65_HS1-834228961_62-HQ-83894_Section_7
Agency: FBI
Page 60
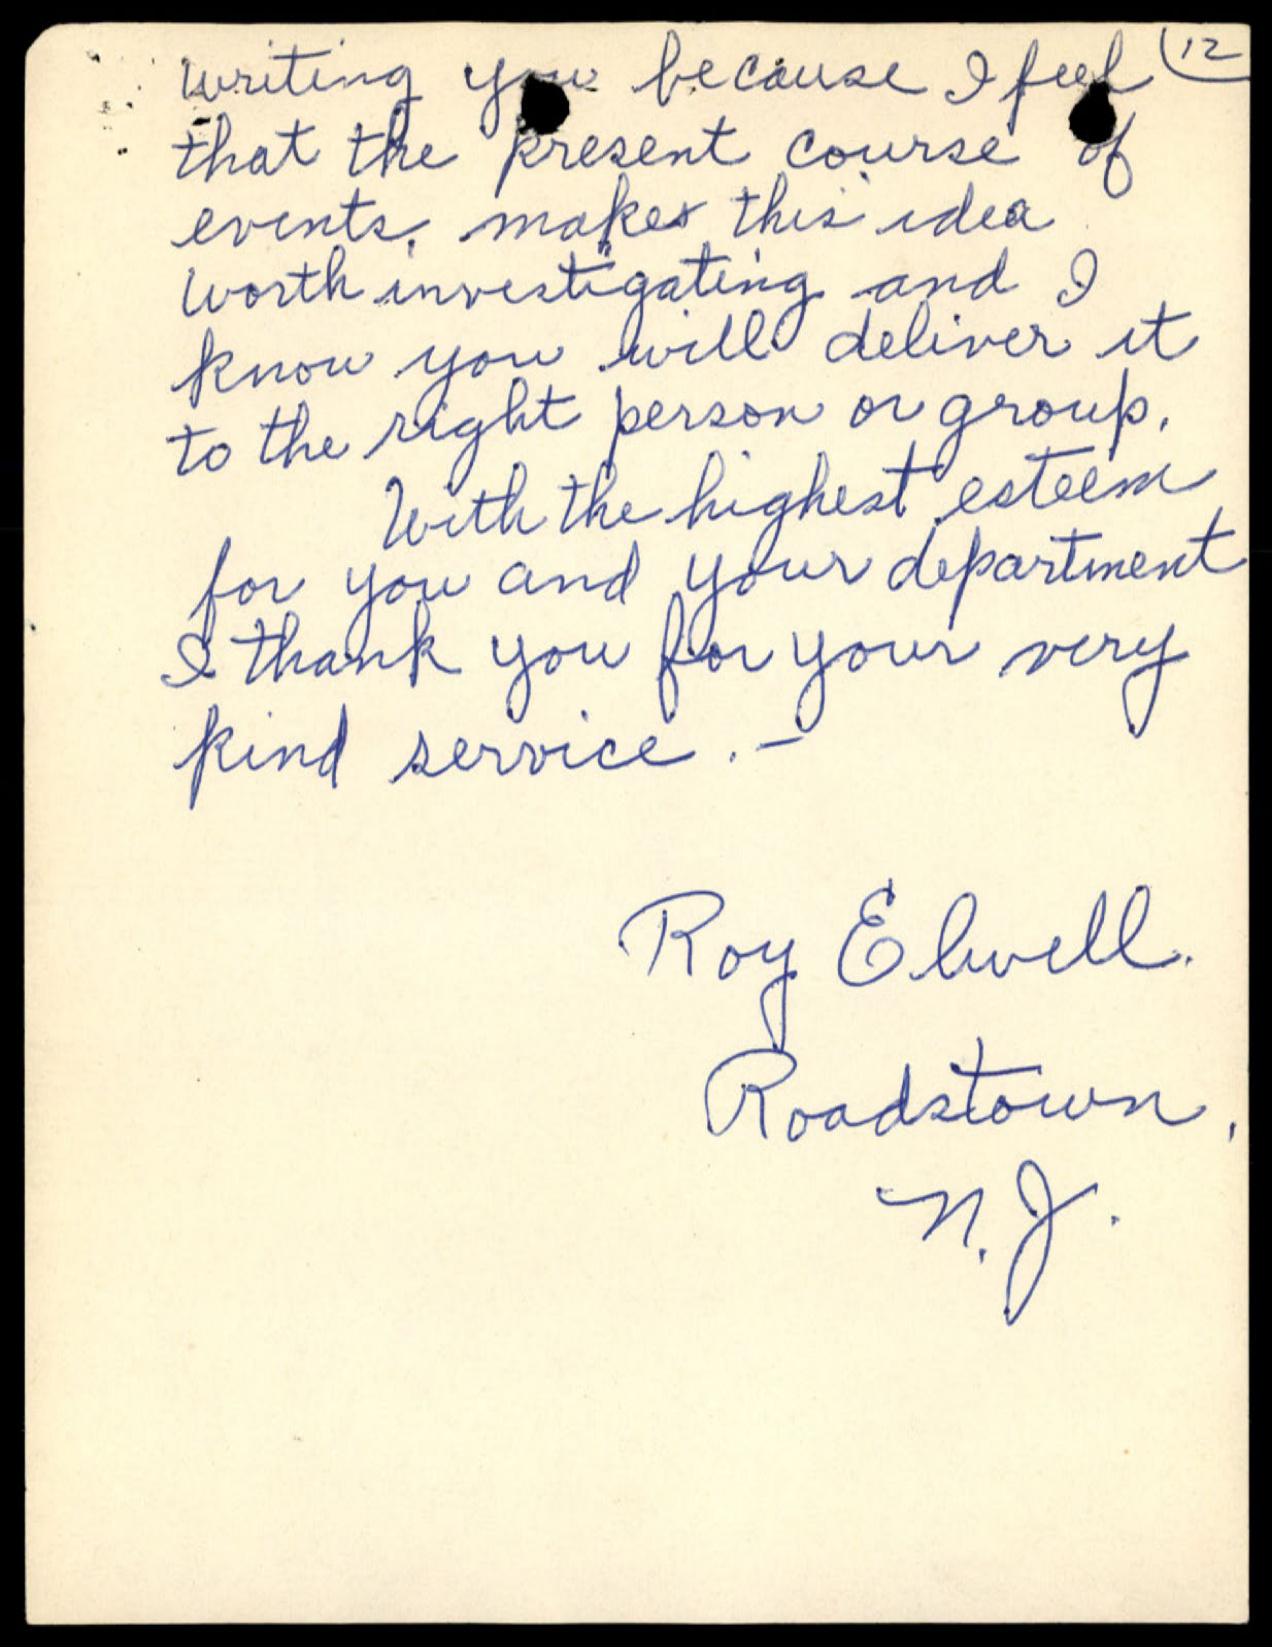